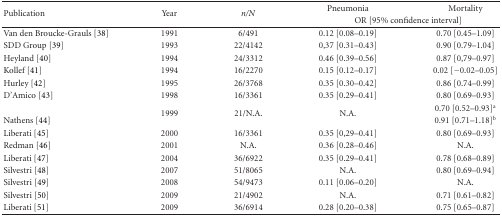
<table><thead><tr><td rowspan="2"><b>Publication</b></td><td rowspan="2"><b>Year</b></td><td rowspan="2"><b><i>n</i>/<i>N</i></b></td><td><b>Pneumonia</b></td><td><b>Mortality</b></td></tr><tr><td colspan="2"><b>OR [95% confidence interval]</b></td></tr></thead><tbody><tr><td>Van den Broucke-Grauls [38]</td><td>1991</td><td>6/491</td><td>0.12 [0.08–0.19]</td><td>0.70 [0.45–1.09]</td></tr><tr><td>SDD Group [39]</td><td>1993</td><td>22/4142</td><td>0,37 [0.31–0.43]</td><td>0.90 [0.79–1.04]</td></tr><tr><td>Heyland [40]</td><td>1994</td><td>24/3312</td><td>0.46 [0.39–0.56]</td><td>0.87 [0,79–0.97]</td></tr><tr><td>Kollef [41]</td><td>1994</td><td>16/2270</td><td>0.15 [0.12–0.17]</td><td>0.02 [−0.02–0.05]</td></tr><tr><td>Hurley [42]</td><td>1995</td><td>26/3768</td><td>0.35 [0.30–0.42]</td><td>0.86 [0.74–0.99]</td></tr><tr><td>D&#x27;Amico [43]</td><td>1998</td><td>16/3361</td><td>0.35 [0.29–0.41]</td><td>0.80 [0.69–0.93]</td></tr><tr><td></td><td rowspan="2">1999</td><td rowspan="2">21/N.A.</td><td rowspan="2">N.A.</td><td>0.70 [0.52–0.93]<sup>a</sup></td></tr><tr><td>Nathens [44]</td><td>0.91 [0.71–1.18]<sup>b</sup></td></tr><tr><td>Liberati [45]</td><td>2000</td><td>16/3361</td><td>0.35 [0,29–0.41]</td><td>0.80 [0.69–0.93]</td></tr><tr><td>Redman [46]</td><td>2001</td><td>N.A.</td><td>0.36 [0.28–0.46]</td><td>N.A.</td></tr><tr><td>Liberati [47]</td><td>2004</td><td>36/6922</td><td>0.35 [0.29–0.41]</td><td>0.78 [0.68–0.89]</td></tr><tr><td>Silvestri [48]</td><td>2007</td><td>51/8065</td><td>N.A.</td><td>0.80 [0.69–0.94]</td></tr><tr><td>Silvestri [49]</td><td>2008</td><td>54/9473</td><td>0.11 [0.06–0.20]</td><td>N.A.</td></tr><tr><td>Silvestri [50]</td><td>2009</td><td>21/4902</td><td>N.A.</td><td>0.71 [0.61–0.82]</td></tr><tr><td>Liberati [51]</td><td>2009</td><td>36/6914</td><td>0.28 [0.20–0.38]</td><td>0.75 [0.65–0.87]</td></tr></tbody></table>